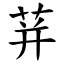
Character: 荓